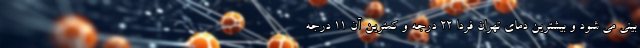
بینی می شود و بیشترین دمای تهران فردا ۲۲ درجه و کمترین آن ۱۱ درجه